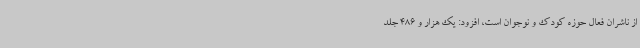
از ناشران فعال ‌حوزه‌ کودک و نوجوان است، افزود: یک هزار و 486 جلد